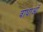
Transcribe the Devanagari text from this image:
वाधाओं